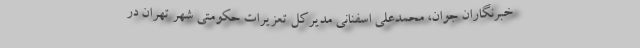
خبرنگاران جوان، محمدعلی اسفنانی مدیرکل تعزیرات حکومتی شهر تهران در